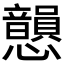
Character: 𢥫